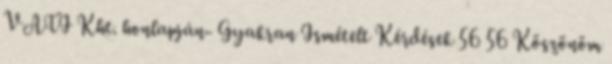
VATI Kht. honlapján- Gyakran Ismételt Kérdések 56 56 Köszönöm